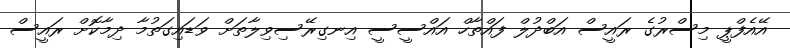
އޭއެފްޕީ މިސްރުގެ ރައީސް އަބްދުލް ފައްތާހް އައްސީސީ އިނގިރޭސިވިލާތަށް ވަޑައިގަތުމާ ދިމާކޮށް ރައީސް